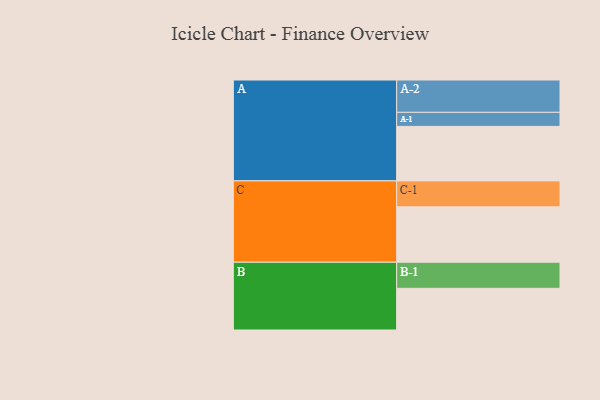
{"axis": {"x": "Segment", "y": "Value"}, "legend": ["", "A", "B", "C"], "data": [{"x": "A", "y": 472, "type": ""}, {"x": "B", "y": 361, "type": ""}, {"x": "C", "y": 480, "type": ""}, {"x": "A-1", "y": 122, "type": "A"}, {"x": "A-2", "y": 280, "type": "A"}, {"x": "B-1", "y": 226, "type": "B"}, {"x": "C-1", "y": 225, "type": "C"}]}